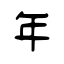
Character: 年